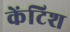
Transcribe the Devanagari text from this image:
केंटिश